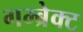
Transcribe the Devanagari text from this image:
गम्ब्रेक्ट